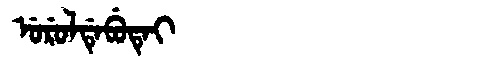
Manchu: ᡠᡵᡠᠯᡩᡝᠪᡠᡨᡝᡳ
Romanization: URULDEBUTEI